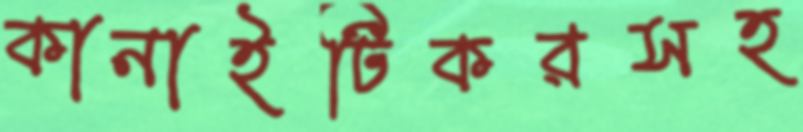
কানাইটিকরসহ